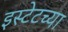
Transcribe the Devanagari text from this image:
इस्टेटच्या